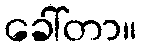
ခေါ်တာ။